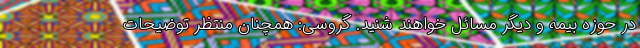
در حوزه بیمه و د‌یگر مسائل خواهند شنید. گروسی: همچنان منتظر توضیحات